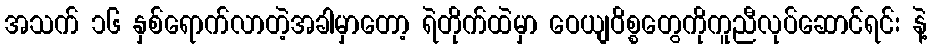
အသက် ၁၆ နှစ်ရောက်လာတဲ့အခါမှာတော့ ရဲတိုက်ထဲမှာ ဝေယျဝိစ္စတွေကိုကူညီလုပ်ဆောင်ရင်း နဲ့